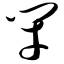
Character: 闭